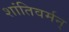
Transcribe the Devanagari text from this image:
शांतिवर्मन्